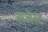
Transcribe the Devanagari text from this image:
सजेस्ट